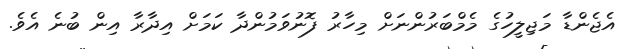
އެޖެންޑާ މަޖިލީހުގެ މެމްބަރުންނަށް މިހާރު ފޮނުވަމުންދާ ކަމަށް އިދާރާ އިން ބުނެ އެވެ.